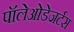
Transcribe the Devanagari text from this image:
पॉलेओडेजर्टस